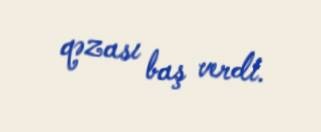
qəzası baş verdi.